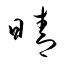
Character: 晴